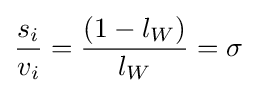
{s_{i} \over v_{i}}={(1-l_{W}) \over l_{W}}=\sigma